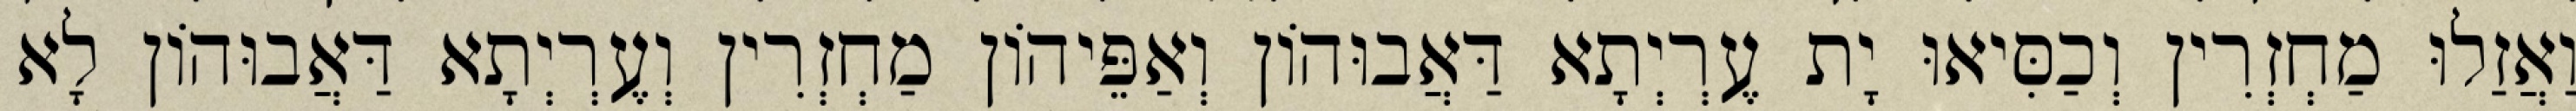
וַאֲזַלוּ מַחְזְרִין וְכַסִּיאוּ יָת עֶרְיְתָא דַּאֲבוּהוֹן וְאַפֵּיהוֹן מַחְזְרִין וְעֶרְיְתָא דַּאֲבוּהוֹן לָא